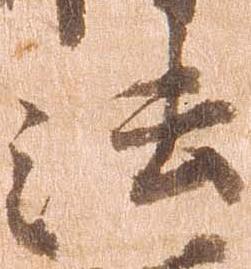
法